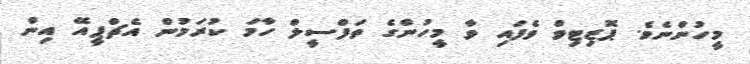
މީހުންނެވެ. ޕޮޒިޓިވް ވެފައި ވާ މީހުންގެ ތަފްސީލް ހާމަ ކުރަމުން އެޗްޕީއޭ އިން